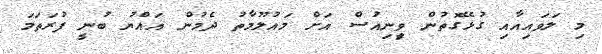
މި ލަވައިއާއި ގުޅޭގޮތުން ވީިނިއުސް އަށް މައުލޫމާތު ދެމުން އައްޔު ބުނީ ފުރަތަމަ